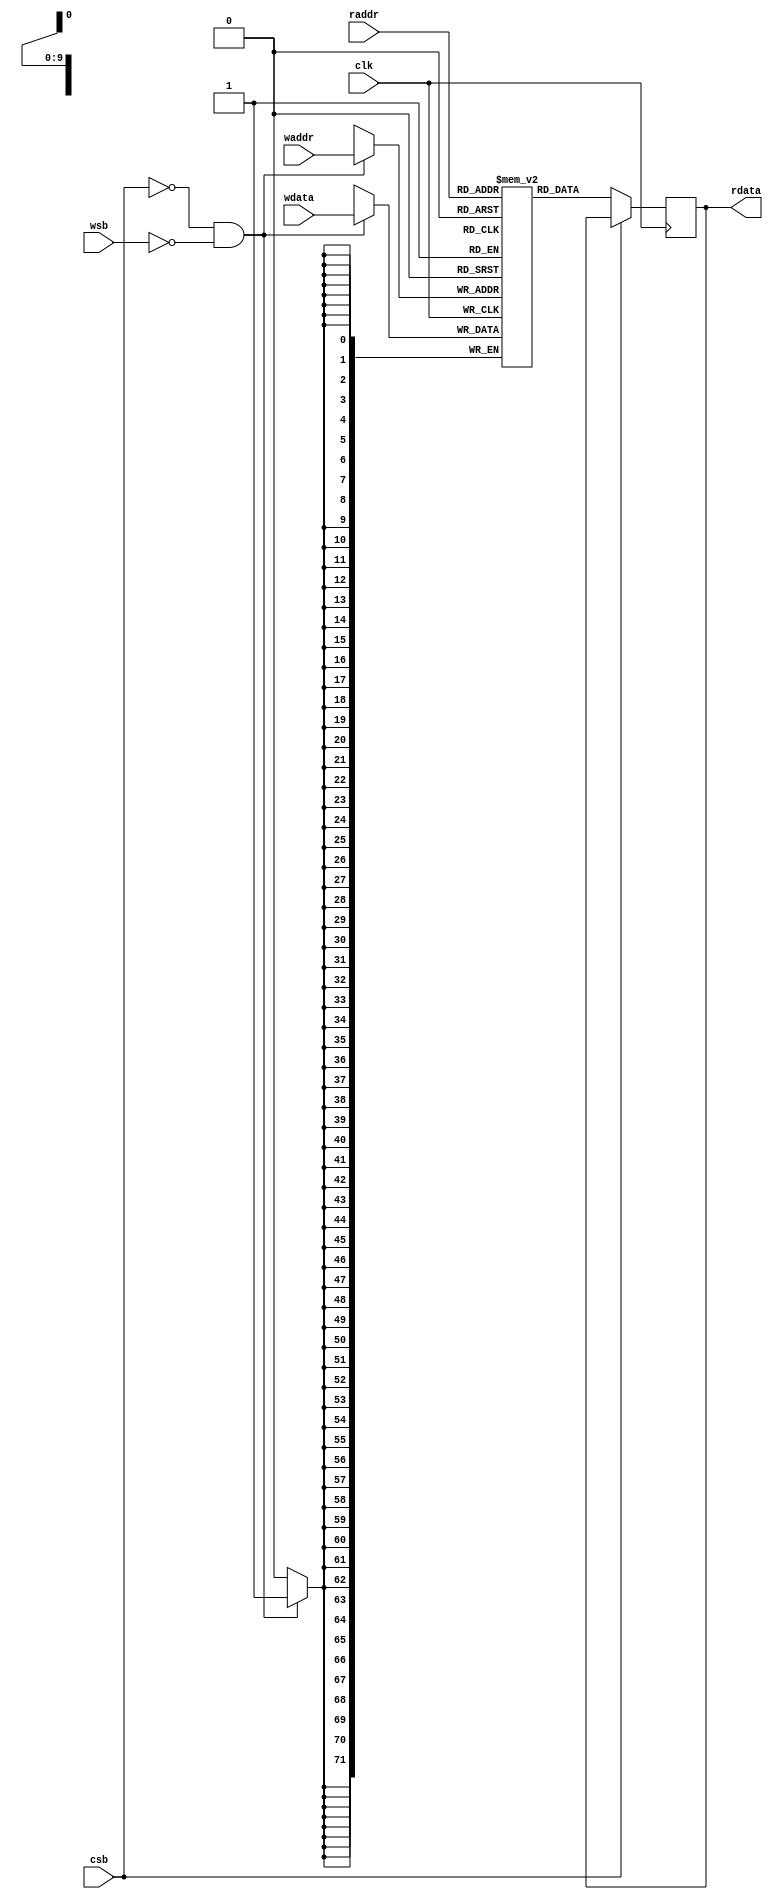
module sram_640x72b #(       //for weight
parameter WEIGHT_PER_ADDR = 9,
parameter BW_PER_PARAM = 8
)
(
input clk,
input csb,  //chip enable
input wsb,  //write enable
input [WEIGHT_PER_ADDR*BW_PER_PARAM-1:0] wdata, //write data
input [9:0] waddr, //write address
input [9:0] raddr, //read address

output reg [WEIGHT_PER_ADDR*BW_PER_PARAM-1:0] rdata
);
/*
Data location
/////////////////////
addr 0~15: conv1 weights(16)
addr 16~63: conv2 weights(48)
addr 64~639: conv3 weights (576)
/////////////////////
*/
reg [WEIGHT_PER_ADDR*BW_PER_PARAM-1:0] mem [0:639];
reg [WEIGHT_PER_ADDR*BW_PER_PARAM-1:0] _rdata;

always @(posedge clk) begin
    if(~csb && ~wsb)
        mem[waddr] <= wdata;
end

always @(posedge clk) begin
    if(~csb)
        _rdata <= mem[raddr];
end

always @* begin
    rdata = #(1) _rdata;
end

task load_param(
    input integer index,
    input [WEIGHT_PER_ADDR*BW_PER_PARAM-1:0] param_input
);
    mem[index] = param_input;
endtask

endmodule